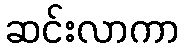
ဆင်းလာကာ